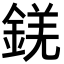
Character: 錓